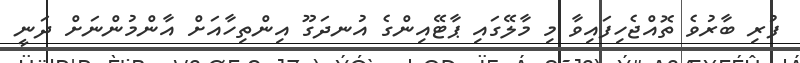
ފުރި ބާރުވެ ތޮއްޖެހިފައިވާ މި މާލޭގައި ޕާޓޭއިންގެ އުނދަގޫ އިންތިހާއަށް އާންމުންނަށް ދަނީ